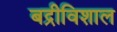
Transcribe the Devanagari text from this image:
बद्रीविशाल